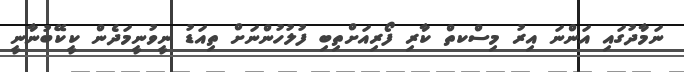
ނަމާދުގައި އަންނަ އިރު މިސްކތް ކާރި ފޯރިއަށްތިބި ފުލުހުންނަށް ތިއަޑު ނީވުނީމަދެން ކީކޭބުނާނީ